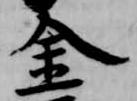
金